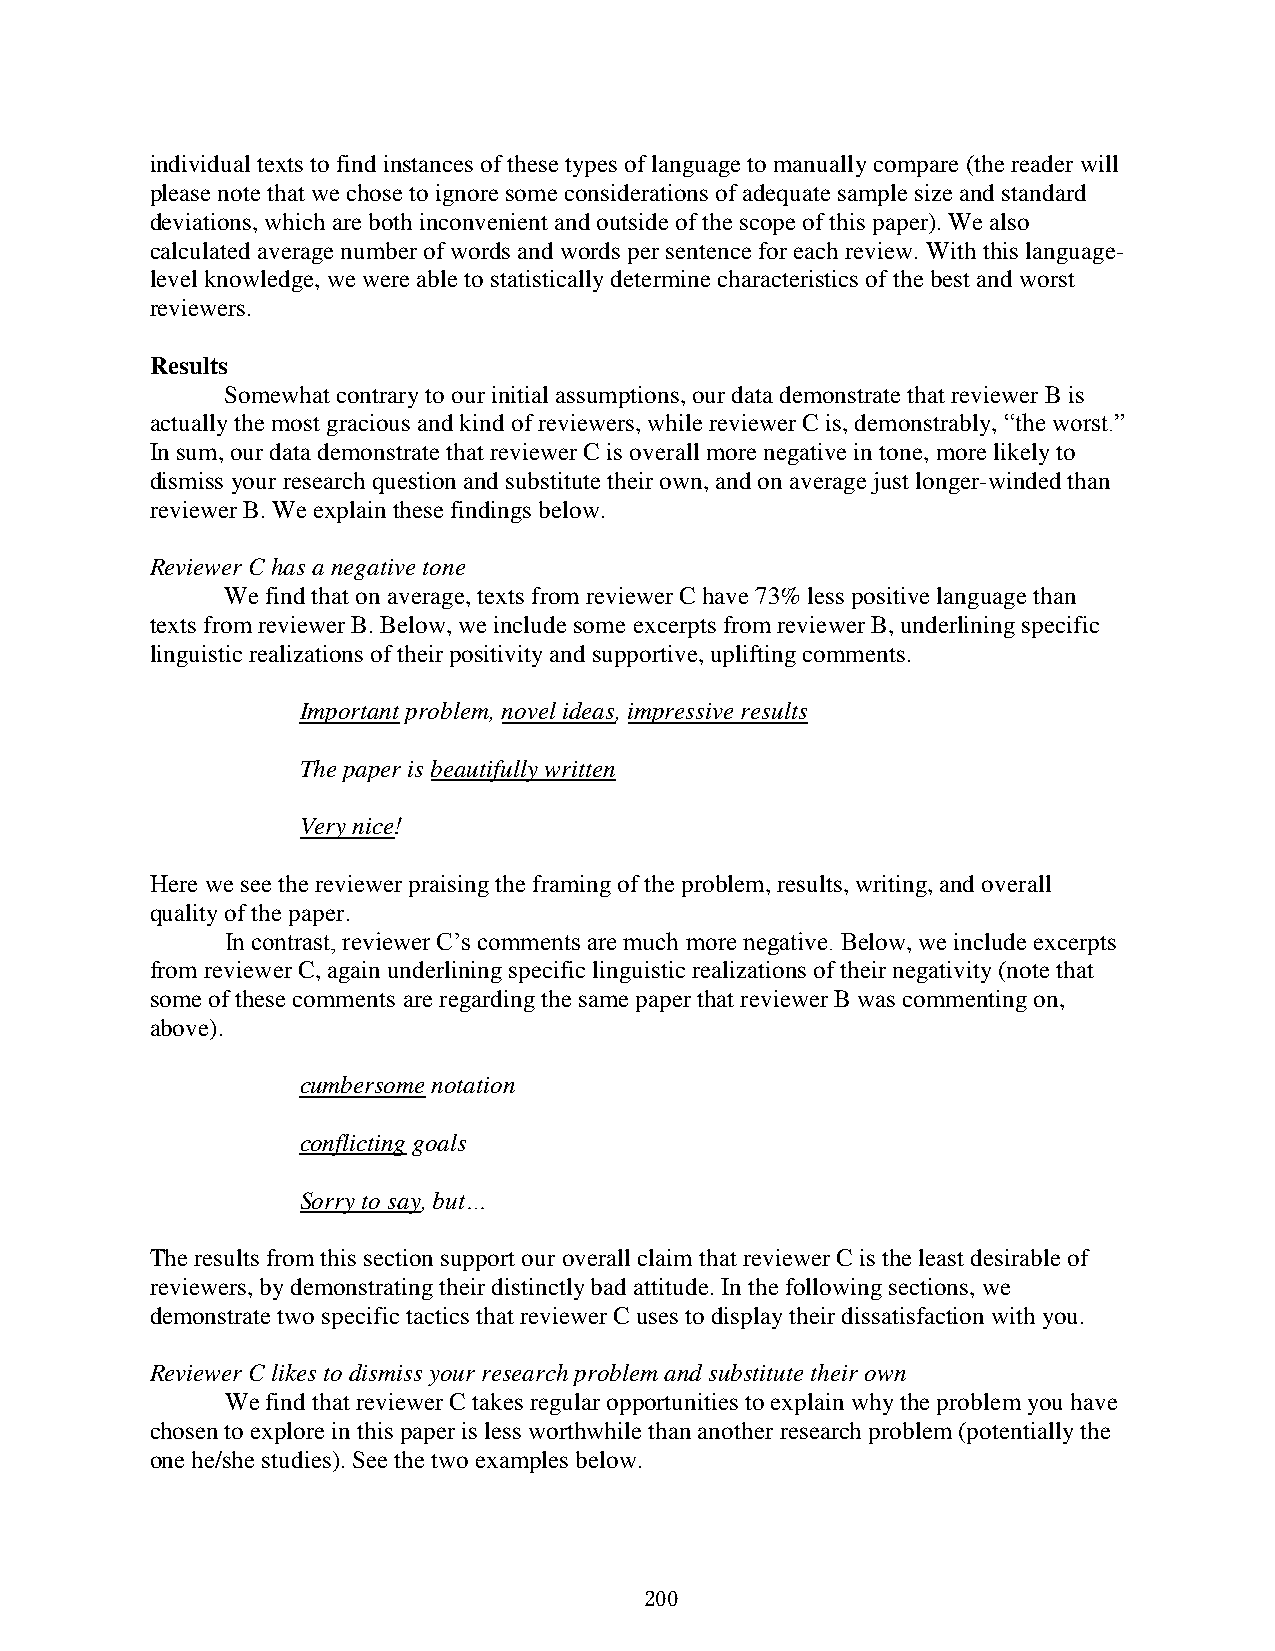
individual texts to find instances of these types of language to manually compare (the reader will
 please note that we chose to ignore some considerations of adequate sample size and standard
 deviations, which are both inconvenient and outside of the scope of this paper). We also
 calculated average number of words and words per sentence for each review. With this language-
 level knowledge, we were able to statistically determine characteristics of the best and worst
 reviewers.
 Results
 Somewhat contrary to our initial assumptions, our data demonstrate that reviewer B is
 actually the most gracious and kind of reviewers, while reviewer C is, demonstrably, “the worst.”
 In sum, our data demonstrate that reviewer C is overall more negative in tone, more likely to
 dismiss your research question and substitute their own, and on average just longer-winded than
 reviewer B. We explain these findings below.
 Reviewer C has a negative tone
 We find that on average, texts from reviewer C have 73% less positive language than
 texts from reviewer B. Below, we include some excerpts from reviewer B, underlining specific
 linguistic realizations of their positivity and supportive, uplifting comments.
 Important problem, novel ideas, impressive results
 The paper is beautifully written
 Very nice!
 Here we see the reviewer praising the framing of the problem, results, writing, and overall
 quality of the paper.
 In contrast, reviewer C’s comments are much more negative. Below, we include excerpts
 from reviewer C, again underlining specific linguistic realizations of their negativity (note that
 some of these comments are regarding the same paper that reviewer B was commenting on,
 above).
 cumbersome notation
 conflicting goals
 Sorry to say, but…
 The results from this section support our overall claim that reviewer C is the least desirable of
 reviewers, by demonstrating their distinctly bad attitude. In the following sections, we
 demonstrate two specific tactics that reviewer C uses to display their dissatisfaction with you.
 Reviewer C likes to dismiss your research problem and substitute their own
 We find that reviewer C takes regular opportunities to explain why the problem you have
 chosen to explore in this paper is less worthwhile than another research problem (potentially the
 one he/she studies). See the two examples below.
 200